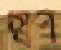
স্বপ